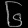
Digit: ၆